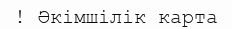
! Әкімшілік карта